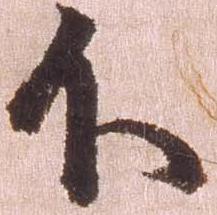
不